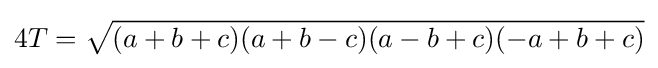
4T={\sqrt {(a+b+c)(a+b-c)(a-b+c)(-a+b+c)}}